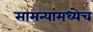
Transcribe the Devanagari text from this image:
सामन्यांमध्येच